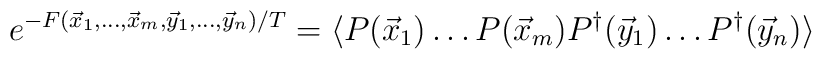
e^{-F(\vec x_1,\ldots,\vec x_m,\vec y_1,\ldots,\vec y_n)/T}=\langle P(\vec x_1)\ldots P(\vec x_m)P^{\dagger}(\vec y_1)\ldots P^{\dagger}(\vec y_n)\rangle